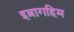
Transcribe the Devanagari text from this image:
इब्रागहिम